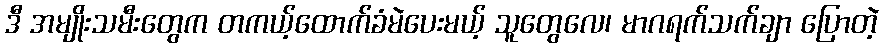
ဒီ အမျိုးသမီးတွေက တကယ့်ထောက်ခံမဲပေးမယ့် သူတွေလေ၊ မာဂရက်သက်ချာ ပြောတဲ့